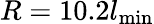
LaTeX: R=10.2l_{\mathrm{min}}